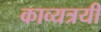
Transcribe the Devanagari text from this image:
काव्यत्रयी